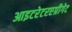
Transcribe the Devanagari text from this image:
आइटरेटरएग्रीगेट